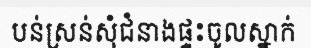
បន់ស្រន់សុំជំនាងផ្ទះចូលស្នាក់